Scottish Leaving Certificate Examination, 1954
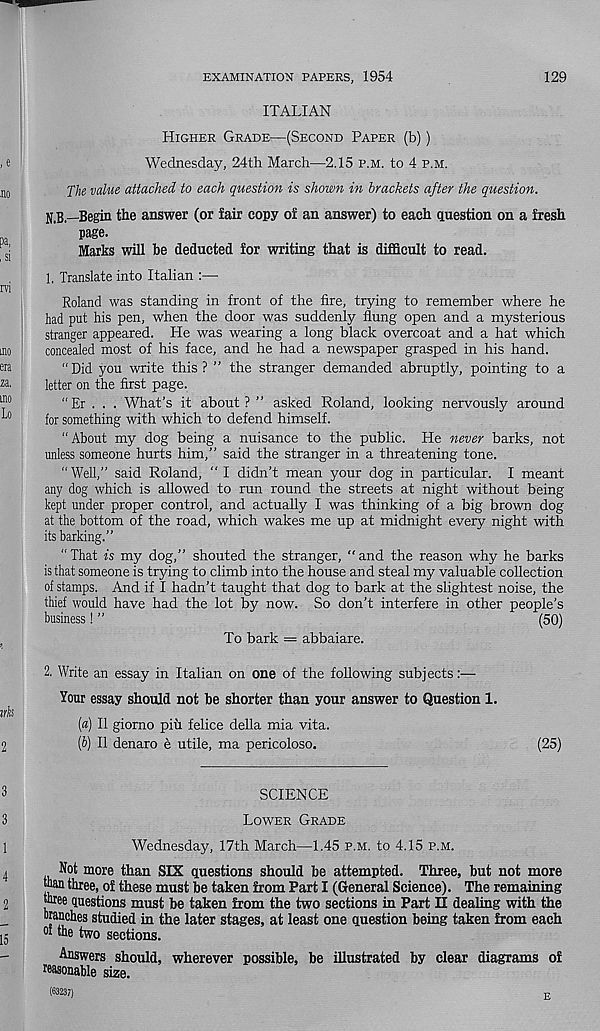
EXAMINATION PAPERS, 1954
129
ITALIAN
Higher Grade—(Second Paper (b))
Wednesday, 24th March—2.15 p.m. to 4 p.m.
The value attached to each question is shown in brackets after the question.
N.B.—Begin the answer (or fair copy of an answer) to each question on a fresh
page.
Marks will be deducted for writing that is difficult to read.
1. Translate into Italian :—
Roland was standing in front of the fire, trying to remember where he
had put his pen, when the door was suddenly flung open and a mysterious
stranger appeared. He was wearing a long black overcoat and a hat which
concealed most of his face, and he had a newspaper grasped in his hand.
“ Did you write this ? ” the stranger demanded abruptly, pointing to a
letter on the first page.
“ Er . . . What’s it about ? ” asked Roland, looking nervously around
for something with which to defend himself.
“About my dog being a nuisance to the public. He never barks, not
unless someone hurts him,” said the stranger in a threatening tone.
“Well,” said Roland, "I didn’t mean your dog in particular. I meant
any dog which is allowed to run round the streets at night without being
kept under proper control, and actually I was thinking of a big brown dog
at the bottom of the road, which wakes me up at midnight every night with
its barking.”
“That is my dog,” shouted the stranger, “and the reason why he barks
is that someone is trying to climb into the house and steal my valuable collection
of stamps. And if I hadn’t taught that dog to bark at the slightest noise, the
thief would have had the lot by now. So don’t interfere in other people’s
business! ”
(50)
To bark = abbaiare.
2. Write an essay in Italian on one of the following subjects—
Your essay should not be shorter than your answer to Question 1.
[а] II giorno piii felice della mia vita.
(б) II denaro e utile, ma pericoloso.
(25)
SCIENCE
Lower Grade
Wednesday, 17th March—1.45 p.m. to 4.15 p.m.
Not more than SIX questions should be attempted. Three, but not more
“an three, of these must be taken from Part I (General Science). The remaining
““e questions must be taken from the two sections in Part II dealing with the
branches studied in the later stages, at least one question being taken from each
of the two sections.
Answers should, wherever possible, be illustrated by clear diagrams of
reasonable size.